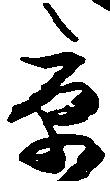
京